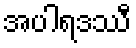
အပါရဒဿီ